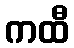
ကထီ